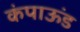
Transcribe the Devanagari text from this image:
कंपाऊंड